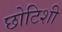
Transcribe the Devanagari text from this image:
छोटिशी